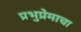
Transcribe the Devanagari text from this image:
प्रभुप्रेमाचा